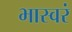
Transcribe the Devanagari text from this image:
भास्वरं